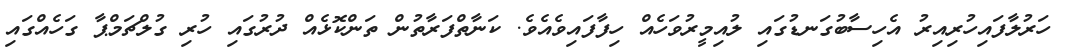
ހަރުލާފައިހުރިއިރު އެހިސާބުގަނޑުގައި ލުއިމީރުވަހެއް ހިފާފައިވެއެވެ. ކަނާތްފަރާތުން ތަންކޮޅެއް ދުރުގައި ހުރި ގުލްޗަމްޕާ ގަހެއްގައި